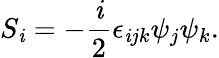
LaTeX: S_{\mathit{i}}=-\frac{{\mathit{i}}}{{2}}\epsilon_{\mathit{i}jk}\psi_{j}\psi_{k}.